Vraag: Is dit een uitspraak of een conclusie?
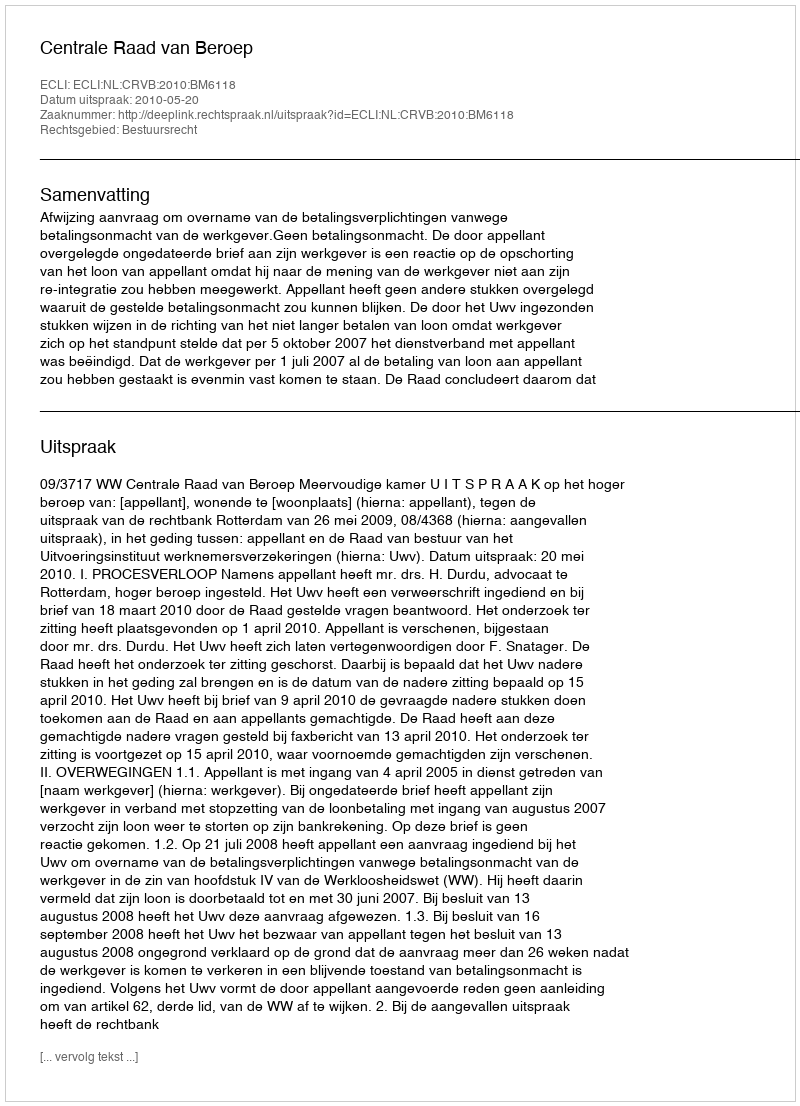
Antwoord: Uitspraak